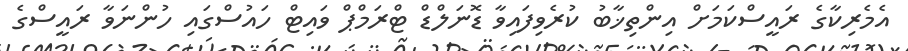
އެމެރިކާގެ ރައީސްކަމަށް އިންތިޚާބު ކުރެވިފައިވާ ޑޮނަލްޑް ޓްރަމްޕް ވައިޓް ހައުސްގައި ހުންނަވާ ރައީސްގެ